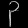
Digit: ၃